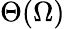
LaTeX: \Theta(\Omega)